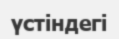
үстіндегі